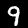
Digit: 9